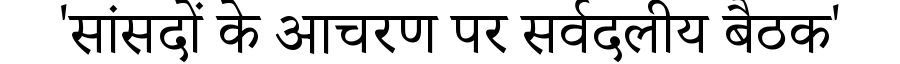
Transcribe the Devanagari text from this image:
'सांसदों के आचरण पर सर्वदलीय बैठक'